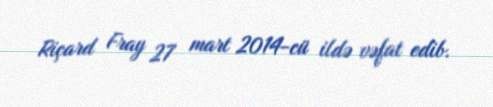
Riçard Fray 27 mart 2014-cü ildə vəfat edib.